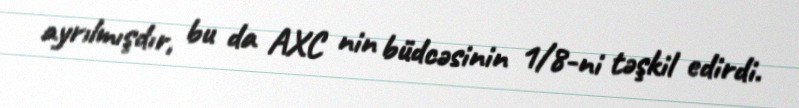
ayrılmışdır, bu da AXC nin büdcəsinin 1/8-ni təşkil edirdi.